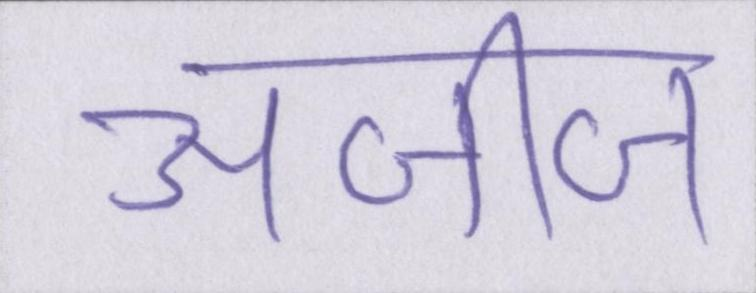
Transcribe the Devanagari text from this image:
अजीज